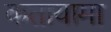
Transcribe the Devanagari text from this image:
कतायामा